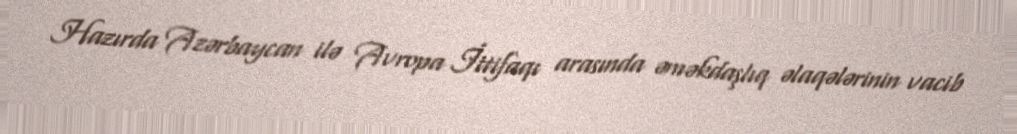
Hazırda Azərbaycan ilə Avropa İttifaqı arasında əməkdaşlıq əlaqələrinin vacib